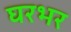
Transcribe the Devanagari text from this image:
घरभर